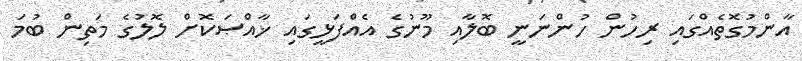
އާންމުގޮތެއްގައި ރިހުން ހުންނަނީ ބޮލާއި މޫނުގެ އެއްފަޅީގައި ޚާއްޞަކޮށް ލޮލުގެ މަތިން ބުމަ